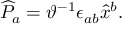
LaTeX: \widehat { P } _ { a } = \vartheta ^ { - 1 } \epsilon _ { a b } \widehat { x } ^ { b } .